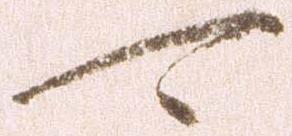
可